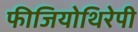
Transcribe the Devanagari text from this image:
फीजियोथिरेपी